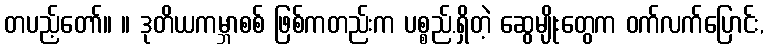
တပည့်တော်။ ။ ဒုတိယကမ္ဘာစစ် ဖြစ်ကတည်းက ပစ္စည်.ရှိတဲ့ ဆွေမျိုးတွေက ဝက်လက်ပြောင်း,